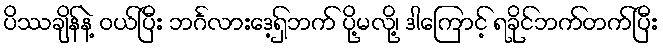
ပိဿချိန်နဲ့ ဝယ်ပြီး ဘင်္ဂလားဒေ့ရှ်ဘက် ပို့မလို့၊ ဒါကြောင့် ရခိုင်ဘက်တက်ပြီး